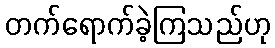
တက်ရောက်ခဲ့ကြသည်ဟု